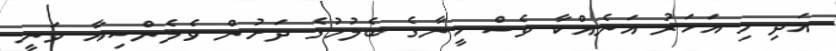
އަދި މި އަހަރު އަނެއްކާ ވެސް ހީނާގެ ބެލުމުގެ ދަށުން ވެލެންސިއާ ވަނީ